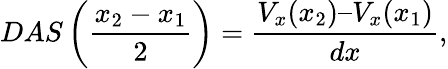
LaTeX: DAS\left(\frac{x_{2}-x_{1}}{2}\right)=\frac{V_{x}(x_{2})–V_{x}(x_{1})}{dx},